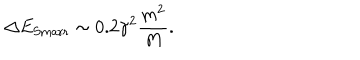
LaTeX: \Delta E _ { \mathrm { S m a r r } } \sim 0 . 2 \gamma ^ { 2 } \frac { m ^ { 2 } } { M } .